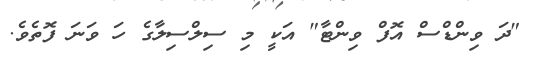
"ދަ ވިންޑްސް އޮފް ވިންޓާ" އަކީ މި ސިލްސިލާގެ ހަ ވަނަ ފޮތެވެ.